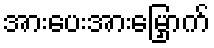
အားပေးအားမြှောက်